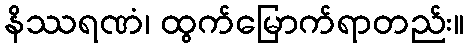
နိဿရဏံ၊ ထွက်မြောက်ရာတည်း။